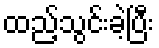
ထည့်သွင်းခဲ့ပြီး